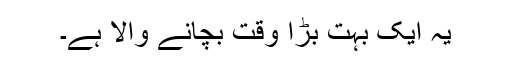
یہ ایک بہت بڑا وقت بچانے والا ہے۔